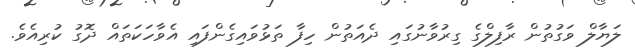
ލަޔާލް ވަގުތުން ރާފިލްގެ ގިރުވާނުގައި ދެއަތުން ހިފާ ތަޅުވައިގެންފައި އެވާހަކަތައް ދޮގު ކުރިއެވެ.